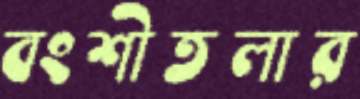
বংশীতলার